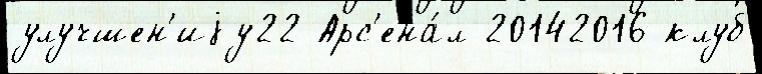
улучшен'иjу22 Арс'ена́л 20142016 клуб